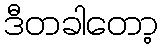
ဒီတခါတော့